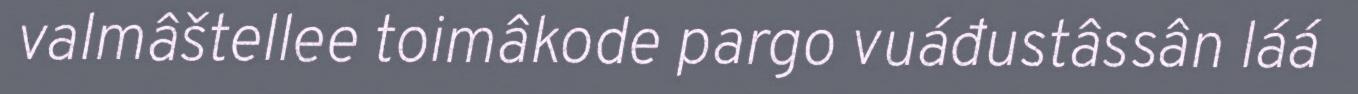
valmâštellee toimâkode pargo vuáđustâssân láá